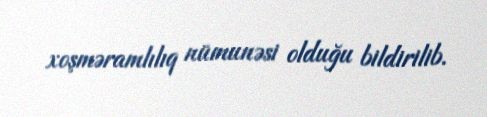
xoşməramlılıq nümunəsi olduğu bildirilib.